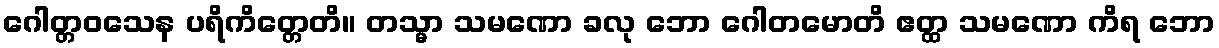
ဂေါတ္တဝသေန ပရိကိတ္တေတိ။ တသ္မာ သမဏော ခလု ဘော ဂေါတမောတိ ဧတ္ထ သမဏော ကိရ ဘော